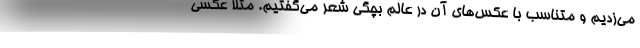
می‌زدیم و متناسب با عکس‌های آن در عالم بچگی شعر می‌گفتیم. مثلا عکسی